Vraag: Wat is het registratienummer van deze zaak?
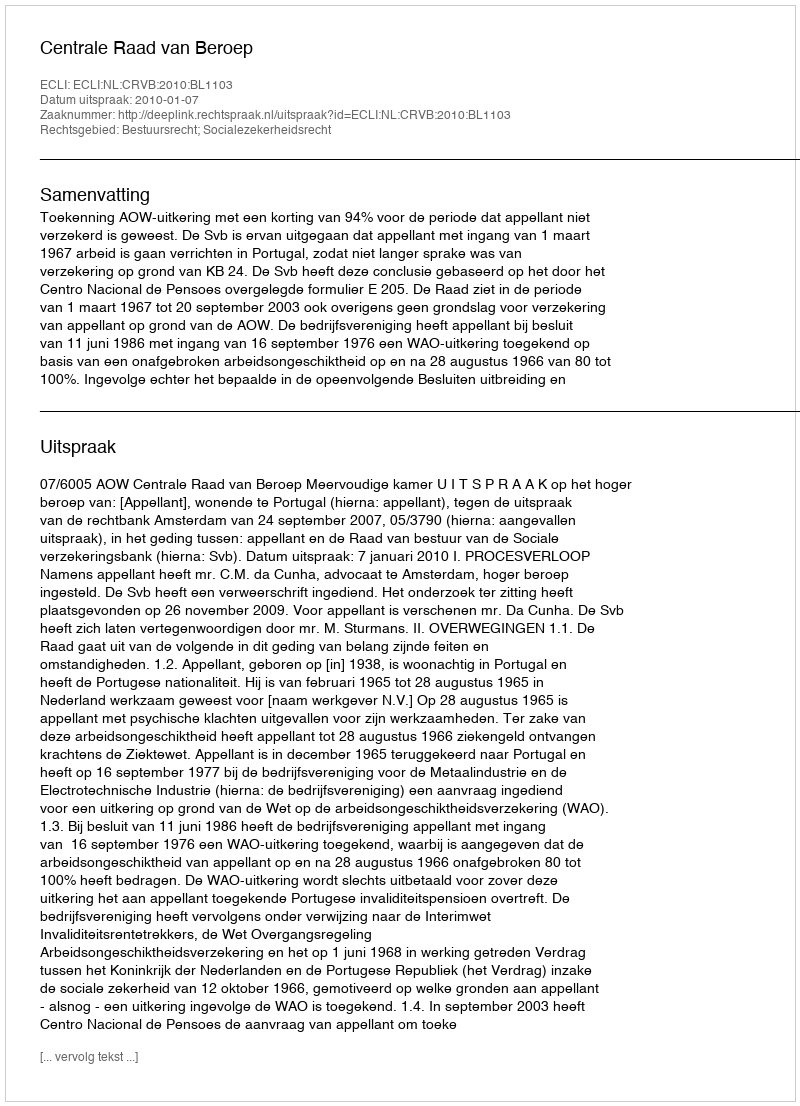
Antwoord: http://deeplink.rechtspraak.nl/uitspraak?id=ECLI:NL:CRVB:2010:BL1103